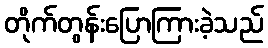
တိုက်တွန်းပြောကြားခဲ့သည်